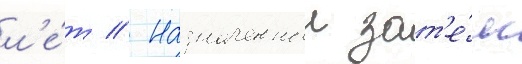
л'е́т // Назначенныи зат'е́м